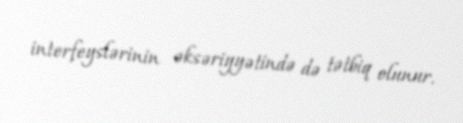
interfeyslərinin əksəriyyətində də tətbiq olunur.